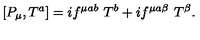
\left[ P _ { \mu } , T ^ { a } \right] = i f ^ { \mu a b } \ T ^ { b } + i f ^ { \mu a \beta } \ T ^ { \beta } .